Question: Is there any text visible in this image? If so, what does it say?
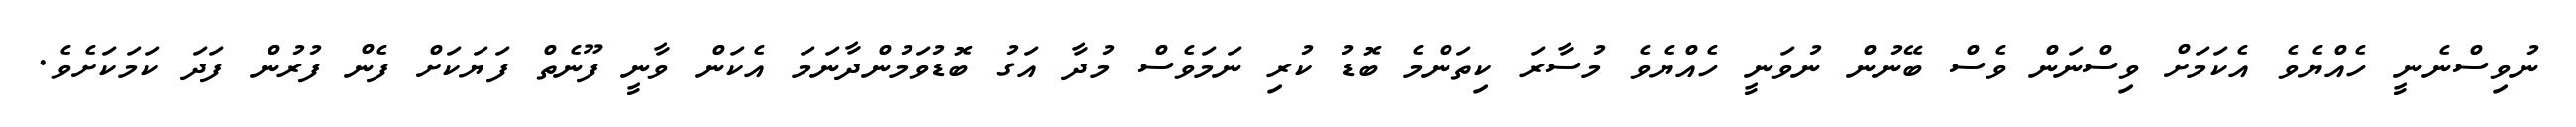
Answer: ނުވިސްނެނީ ހެއްޔެވެ އެކަމަށް ވިސްނަން ވެސް ބޭނުން ނުވަނީ ހެއްޔެވެ މުސާރަ ކިތަންމެ ބޮޑު ކުރި ނަމަވެސް މުދާ އަގު ބޮޑުވަމުންދާނަމަ އެކަން ވާނީ ފޫނެތް ފަޔަކަށް ފެން ފުރުން ފަދަ ކަމަކަށެވެ.